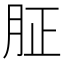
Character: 𦙫